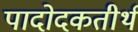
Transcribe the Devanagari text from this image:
पादोदकतीर्थ